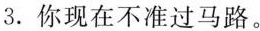
3. 你现在不准过马路。